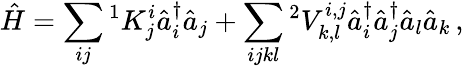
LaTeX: \hat{H}=\sum_{ij}{}^{1}K_{j}^{i}\hat{a}_{i}^{\dagger}\hat{a}_{j}+\sum_{ijkl}{}^{2}V_{k,l}^{i,j}\hat{a}_{i}^{\dagger}\hat{a}_{j}^{\dagger}\hat{a}_{l}\hat{a}_{k}\, ,